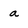
Character: a